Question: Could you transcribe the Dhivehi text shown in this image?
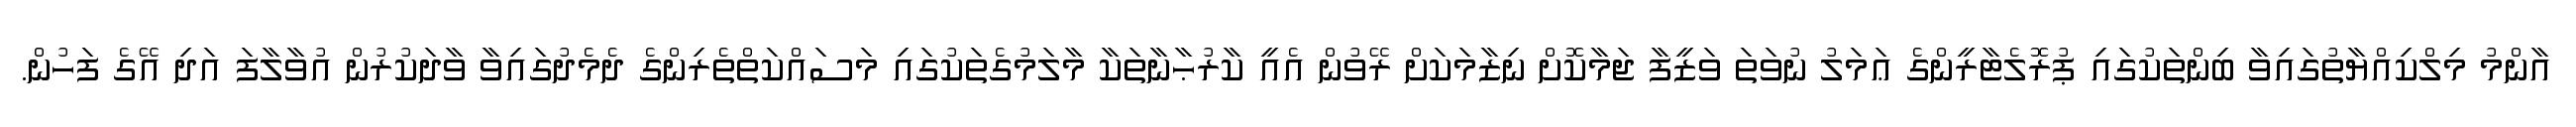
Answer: އާންމު މިލްކިއްޔާތުގައިވާ ބިންތަކުގައި ޕުރޮލެޓާރީންގެ ޢަމަލު ނުވަތަ ވަޒީފާ ޖަމާކޮށް ނިޒާމަކަށް ރޭވުން އެއީ ކާރުޙާނާތަކާ މާލަމުގެތަކުގައި މަސައްކަތްތެރިންގެ ދެމެދުގައިވާ ވާދަކުރުން އުވާލާފަ އަދި އޭގެ ފަހުން.